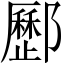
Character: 𨟑